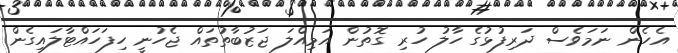
އެހެން ނަމަވެސް ދަރިފުޅުގެ ހާލު ހުރި ގޮތުން އަމިއްލަ ޖަޒުބާތުތައް ޖެހުނީ ހިފަހައްޓާލައިގެން